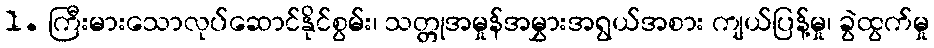
1. ကြီးမားသောလုပ်ဆောင်နိုင်စွမ်း၊ သတ္တုအမှုန်အမွှားအရွယ်အစား ကျယ်ပြန့်မှု၊ ခွဲထွက်မှု